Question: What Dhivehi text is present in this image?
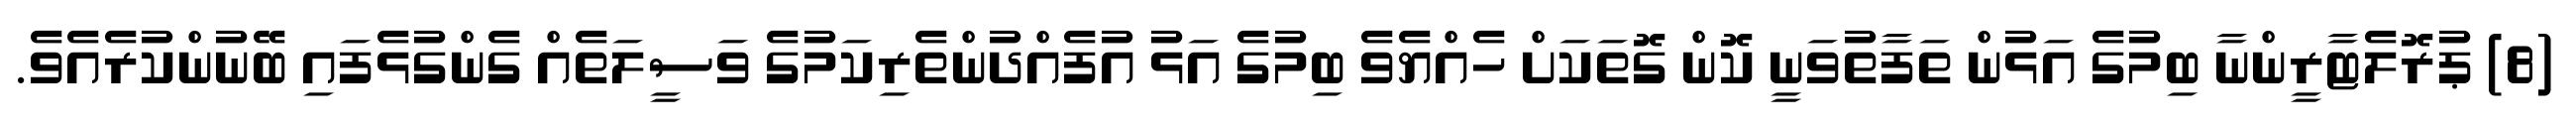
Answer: (8) ޕުރޮލެޓާރީންނާ ބިމުގެ އަޅުން ތަފާތުވަނީ ކޮން ގޮތަކަށް ހެއްޔެވެ ބިމުގެ އަޅު އުފެއްދުންތެރިކަމުގެ ވަސީލަތެއް ގެންގުޅެފައި ބޭނުންކުރެއެވެ.